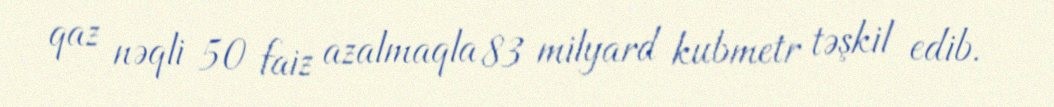
qaz nəqli 50 faiz azalmaqla 83 milyard kubmetr təşkil edib.